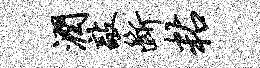
润敲断粘